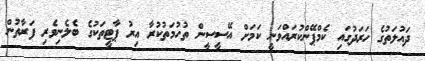
ދައުލަތުގެ ހަރަދުގައި ކެމްޕޭންކުރައްވަނީ ކަމަށް އޭސީސީން ތުހުމަތުކުރާ އިރު ޕާޓީތަކުގެ ބެލެނިވެރި ފަރާތުން